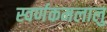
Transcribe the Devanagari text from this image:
स्वर्णकमलालु